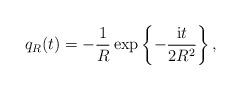
LaTeX: \begin{align*}q_{R}(t)=-\frac{1}{R}\exp\left\{ -\frac{{\rm i}t}{2R^{2}} \right\},\end{align*}